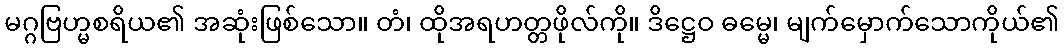
မဂ္ဂဗြဟ္မစရိယ၏ အဆုံးဖြစ်သော။ တံ၊ ထိုအရဟတ္တဖိုလ်ကို။ ဒိဋ္ဌေဝ ဓမ္မေ၊ မျက်မှောက်သောကိုယ်၏